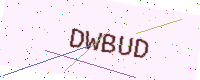
Text: DWBUD